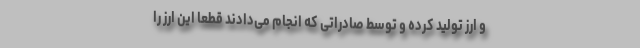
و ارز تولید کرده و توسط صادراتی که انجام می‌دادند قطعا این ارز را